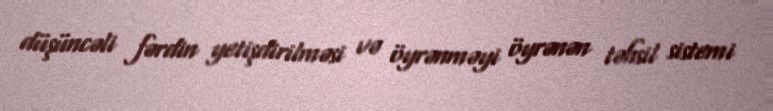
düşüncəli fərdin yetişdirilməsi və öyrənməyi öyrənən təhsil sistemi